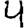
Digit: 4